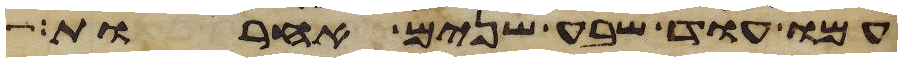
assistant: עמו עוד שבע שנים אחרות